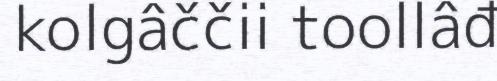
kolgâččii toollâđ